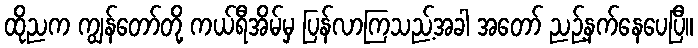
ထိုညက ကျွန်တော်တို့ ကယ်ရီအိမ်မှ ပြန်လာကြသည့်အခါ အတော် ညဉ့်နက်နေပေပြီ။